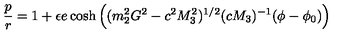
\frac { p } { r } = 1 + \epsilon e \cosh \left( ( m _ { 2 } ^ { 2 } G ^ { 2 } - c ^ { 2 } M _ { 3 } ^ { 2 } ) ^ { 1 / 2 } ( c M _ { 3 } ) ^ { - 1 } ( \phi - \phi _ { 0 } ) \right)